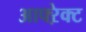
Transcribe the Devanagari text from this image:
आफ्ऱेक्ट